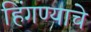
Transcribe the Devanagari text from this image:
हिंगण्याचे